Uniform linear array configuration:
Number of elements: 16
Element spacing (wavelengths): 0.25
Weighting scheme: binomial
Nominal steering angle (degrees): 60
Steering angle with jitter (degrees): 60.163
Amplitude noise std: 0.05
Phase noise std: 0.05

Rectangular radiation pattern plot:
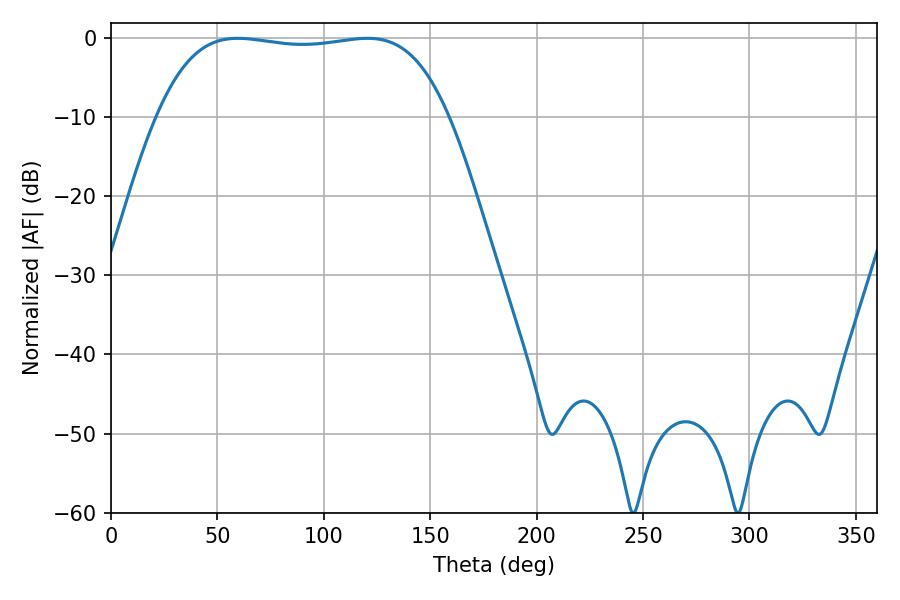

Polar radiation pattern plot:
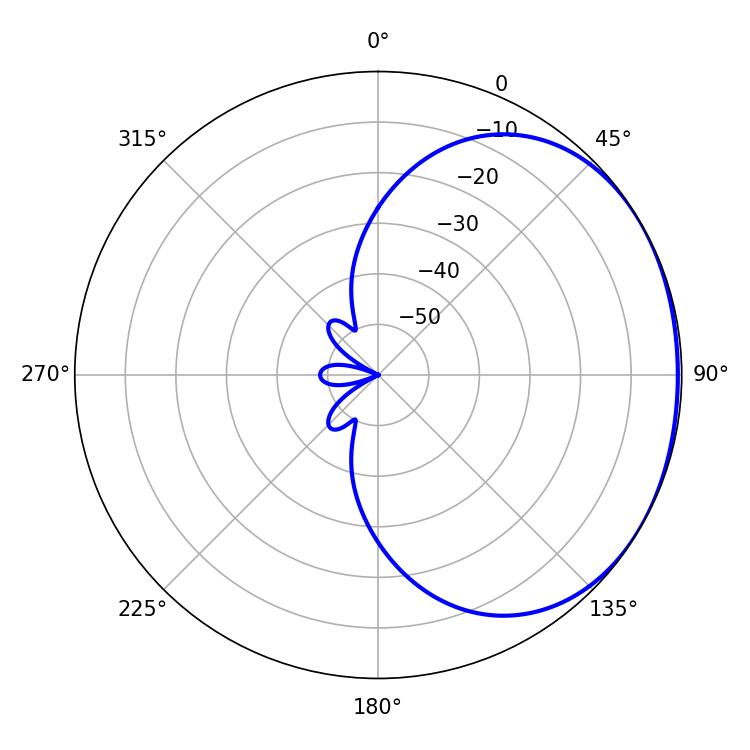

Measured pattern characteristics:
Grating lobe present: FALSE
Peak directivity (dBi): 1.216
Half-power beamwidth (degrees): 108
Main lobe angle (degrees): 59.58